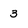
Character: 3